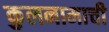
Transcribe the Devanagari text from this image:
कुलनामाची